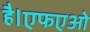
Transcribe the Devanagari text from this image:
है।एफएओ